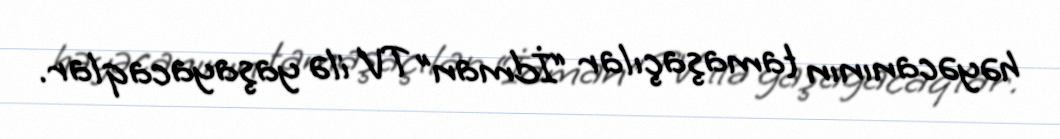
həyəcanının tamaşaçılar “İdman” TV ilə yaşayacaqlar.